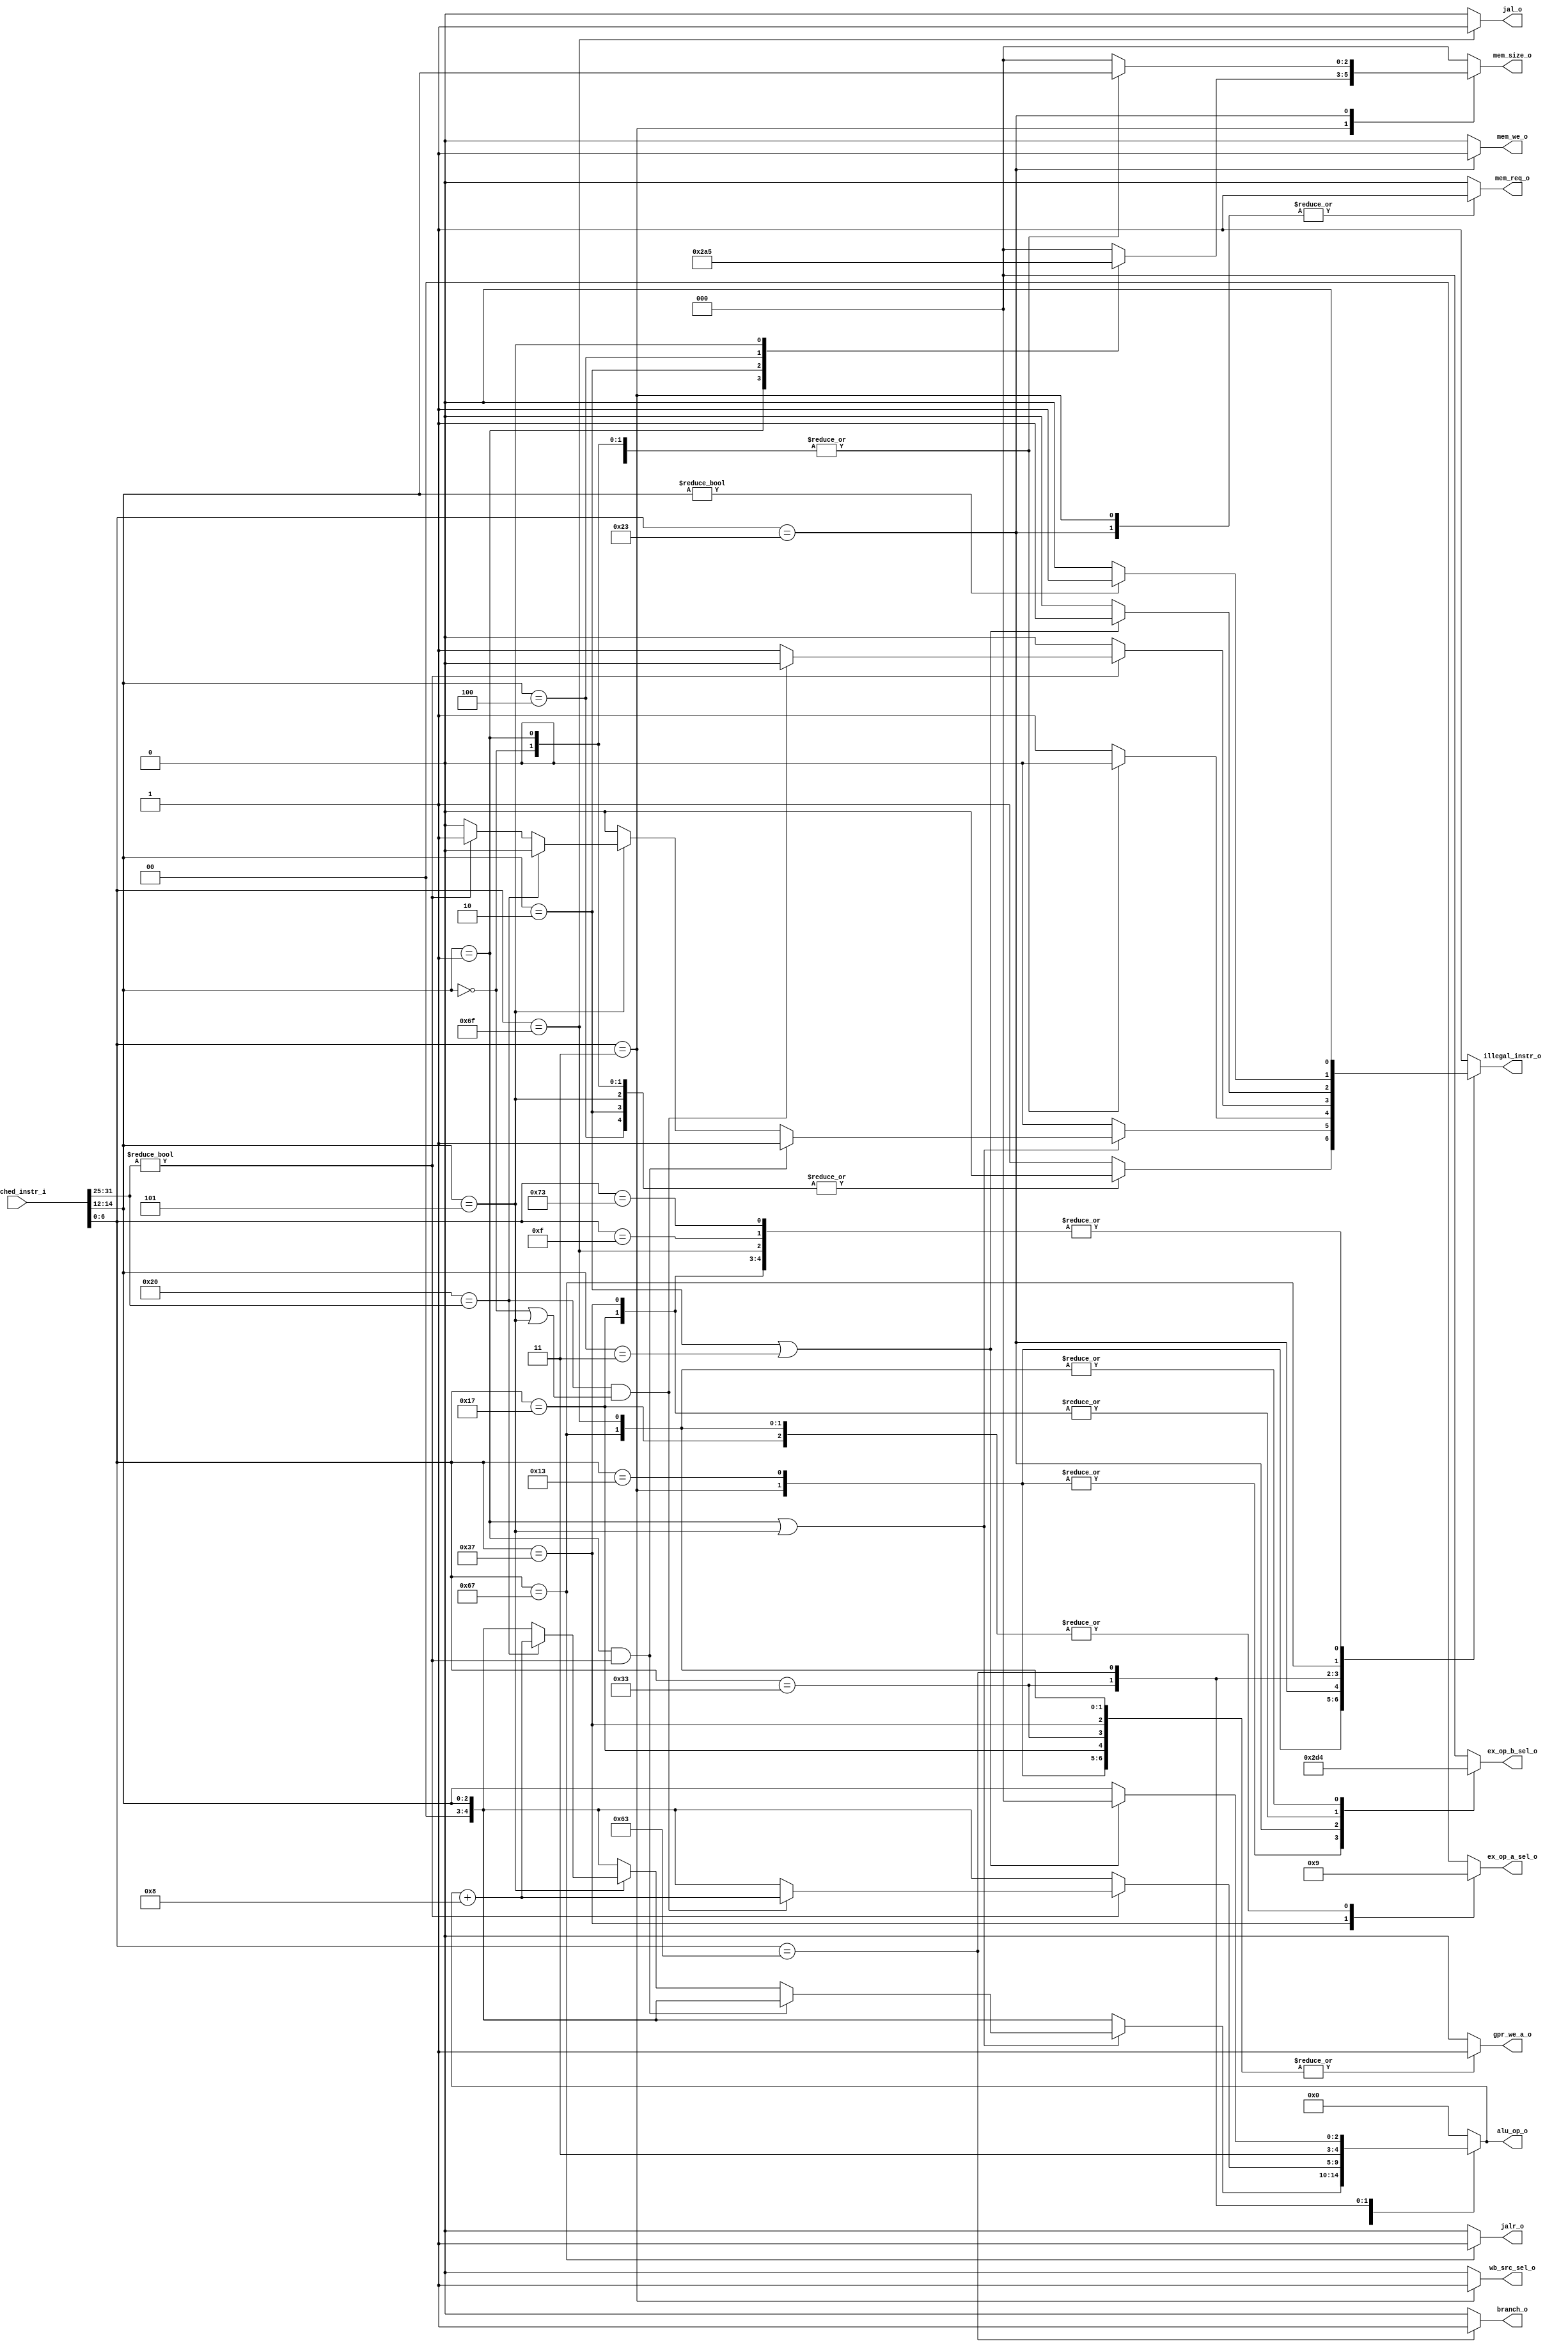
module riscv_decode(
	input  [31:0]          fetched_instr_i,
	output reg [1:0]       ex_op_a_sel_o,
	output reg [2:0]       ex_op_b_sel_o,
	output reg [4:0]       alu_op_o,
	output reg             mem_req_o,
	output reg             mem_we_o,
	output reg [2:0]       mem_size_o,
	output reg             gpr_we_a_o,
	output reg             wb_src_sel_o,
	output reg             illegal_instr_o,
	output reg             branch_o,
	output reg             jal_o,
	output reg             jalr_o
	);

	`define ALU_ADD     5'b00000
    `define ALU_SUB     5'b01000
    `define ALU_SLL     5'b00001
    `define ALU_LTS     5'b00010
    `define ALU_LTU     5'b00011   
    `define ALU_XOR     5'b00100
    `define ALU_SRL     5'b00101
    `define ALU_SRA     5'b01101    
    `define ALU_OR      5'b00110
    `define ALU_AND     5'b00111
    `define ALU_EQF     5'b11000
    `define ALU_NEF     5'b11001
    `define ALU_LTSF    5'b11100
    `define ALU_GESF    5'b11101
    `define ALU_LTUF    5'b11110
    `define ALU_GEUF    5'b11111

	always @(fetched_instr_i) begin
        ex_op_a_sel_o   <= 0; 
        ex_op_b_sel_o   <= 0;
        alu_op_o        <= 0;    
        mem_req_o		<= 0;     
        mem_we_o		<= 0;      
        mem_size_o		<= 0;    
        gpr_we_a_o		<= 0;    
        wb_src_sel_o	<= 0;   
        illegal_instr_o	<= 0;
        branch_o		<= 0;
        jal_o			<= 0;
        jalr_o			<= 0;
		case (fetched_instr_i[6:0])
			'b0000011:
			begin
				gpr_we_a_o <= 1;
				ex_op_b_sel_o <= 1;
				alu_op_o <= `ALU_ADD;
				mem_req_o <= 1;
				wb_src_sel_o <= 1;
				case (fetched_instr_i[14:12])
					'b000:	mem_size_o <= 'd0;
					'b001:	mem_size_o <= 'd1;
					'b010:	mem_size_o <= 'd2;
					'b100:	mem_size_o <= 'd4;
					'b101:	mem_size_o <= 'd5;
					default:	illegal_instr_o <= 1;
				endcase
			end
			'b0001111:
				illegal_instr_o <= 0;
			'b0010011:
			begin
				gpr_we_a_o <= 1;
				ex_op_b_sel_o <= 1;
				alu_op_o <= {2'b00, fetched_instr_i[14:12]};
				if (fetched_instr_i[14:12] == 'b001 || fetched_instr_i[14:12] == 'b101)
				begin
					if (fetched_instr_i[14:12] == 'b001 && 7'b0000000 != fetched_instr_i[31:25])
						illegal_instr_o <= 1;
					else if (fetched_instr_i[14:12] == 'b101)
					begin
						if (7'b0100000 == fetched_instr_i[31:25])
							alu_op_o <= alu_op_o + 'b01000;
						else if (7'b0000000 != fetched_instr_i[31:25])
							illegal_instr_o <= 1;
					end
				end
			end
			'b0010111:
			begin
				gpr_we_a_o <= 1;
				ex_op_a_sel_o <= 1;
				ex_op_b_sel_o <= 2;
				alu_op_o <= `ALU_ADD;
			end
			'b0100011:
			begin
				mem_we_o <= 1;
				mem_req_o <= 1;
				ex_op_b_sel_o <= 3;
				alu_op_o <= `ALU_ADD;
				case (fetched_instr_i[14:12])
					'b000: mem_size_o <= fetched_instr_i[14:12];
					'b001: mem_size_o <= fetched_instr_i[14:12];
					'b010: mem_size_o <= fetched_instr_i[14:12];
					default: illegal_instr_o <= 1;
				endcase
			end
			'b0110011:
			begin
				gpr_we_a_o <= 1;
				alu_op_o <= {'b00, fetched_instr_i[14:12]};
				if (7'b0000000 != fetched_instr_i[31:25])
				begin
					if (7'b0100000 == fetched_instr_i[31:25] && (fetched_instr_i[14:12] == 3'b000 || fetched_instr_i[14:12] == 3'b101))
						alu_op_o <= alu_op_o + 'b01000;
					else 
						illegal_instr_o <= 1;
				end
			end
			'b0110111:
			begin
				gpr_we_a_o <= 1;
				ex_op_a_sel_o <= 2;
				ex_op_b_sel_o <= 2;
				alu_op_o <= `ALU_ADD;
			end
			'b1100011:
			begin
				branch_o <= 1;
				alu_op_o <= {'b11, fetched_instr_i[14:12]};
				if (fetched_instr_i[14:12] == 'b010 || fetched_instr_i[14:12] == 'b011)
				begin
					illegal_instr_o <= 1;
					alu_op_o <= 'b11000;
				end
			end
			'b1100111:
			begin
				gpr_we_a_o <= 1;
				ex_op_a_sel_o <= 1;
				ex_op_b_sel_o <= 4;
				alu_op_o <= `ALU_ADD;
				jalr_o <= 1;
				if (fetched_instr_i[14:12] != 'd0)
					illegal_instr_o <= 1;
			end
			'b1101111:
			begin
				gpr_we_a_o <= 1;
				ex_op_a_sel_o <= 1;
				ex_op_b_sel_o <= 4;
				alu_op_o <= `ALU_ADD;
				jal_o <= 1;
			end
			'b1110011: illegal_instr_o <= 0;
			default: illegal_instr_o <= 1;    
		endcase
	end
endmodule